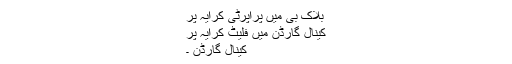
بلاک بی میں پراپرٹی کرایہ پر
کینال گارڈن میں فلیٹ کرایہ پر
کینال گارڈن ۔